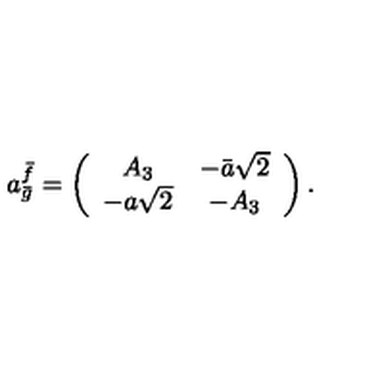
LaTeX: a _ { \bar { g } } ^ { \bar { f } } = \left( \begin{array} { c c } { A _ { 3 } } & { - \bar { a } \sqrt { 2 } } \\ { - a \sqrt { 2 } } & { - A _ { 3 } } \\ \end{array} \right) .